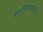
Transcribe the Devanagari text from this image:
साहित्यसंवाद